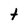
Character: t